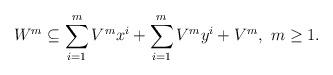
LaTeX: \begin{align*} W^m\subseteq\sum_{i=1}^mV^{m}x^i+\sum_{i=1}^mV^{m}y^i+V^{m}, \ m\geq 1. \end{align*}